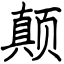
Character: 颠